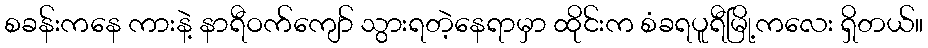
စခန်းကနေ ကားနဲ့ နာရီဝက်ကျော် သွားရတဲ့နေရာမှာ ထိုင်းက စံခရပူရီမြို့ကလေး ရှိတယ်။